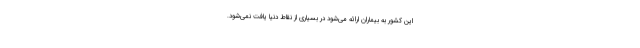
این کشور به بیماران ارائه می‌شود در بسیاری از نقاط دنیا یافت نمی‌شود.